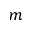
m